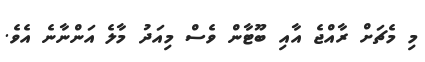
މި މެޗަށް ރާއްޖެ އާއި ބޫޓާން ވެސް މިއަދު މާލެ އަންނާނެ އެވެ.